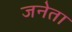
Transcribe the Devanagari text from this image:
जनेता